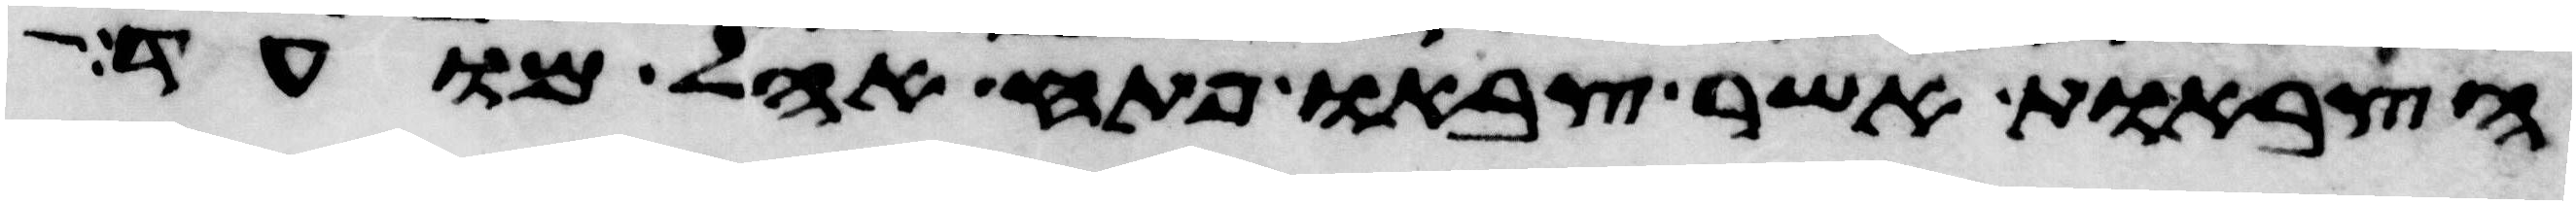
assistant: הצבאות אשר צבאו פתח אהל מועד